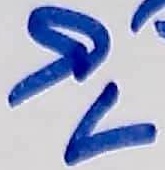
Text: 9V